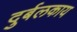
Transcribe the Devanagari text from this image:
दुर्बलकाय